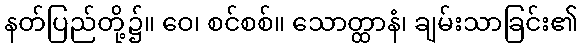
နတ်ပြည်တို့၌။ ဝေ၊ စင်စစ်။ သောတ္ထာနံ၊ ချမ်းသာခြင်း၏